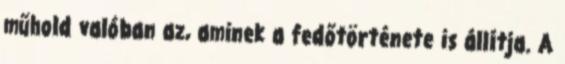
műhold valóban az, aminek a fedőtörténete is állítja. A